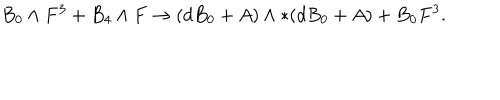
B _ { 0 } \wedge F ^ { 3 } + B _ { 4 } \wedge F \to ( d B _ { 0 } + A ) \wedge * ( d B _ { 0 } + A ) + B _ { 0 } F ^ { 3 } .